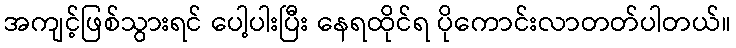
အကျင့်ဖြစ်သွားရင် ပေါ့ပါးပြီး နေရထိုင်ရ ပိုကောင်းလာတတ်ပါတယ်။